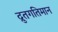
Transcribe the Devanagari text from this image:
द्रुतगतिमान